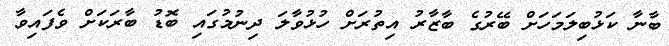
ބާނާ ކަޅުބިލަމަހަށް ބޭރުގެ ބާޒާރު އިތުރަށް ހުޅުވާލަ ދިނުމުގައި ބޮޑު ބާރަކަށް ވެފައިވާ